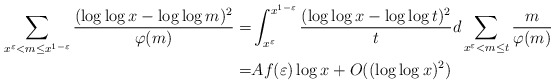
\begin{align*}\sum_{x^{\varepsilon}<m\le x^{1-\varepsilon}}\frac{(\log\log x-\log\log m)^2}{\varphi(m)}=&\int_{x^{\varepsilon}}^{x^{1-\varepsilon}}\frac{(\log\log x-\log\log t)^2}{t}d\sum_{x^{\varepsilon}<m\le t}\frac{m}{\varphi(m)}\\=&Af(\varepsilon)\log x+O((\log\log x)^2)\end{align*}